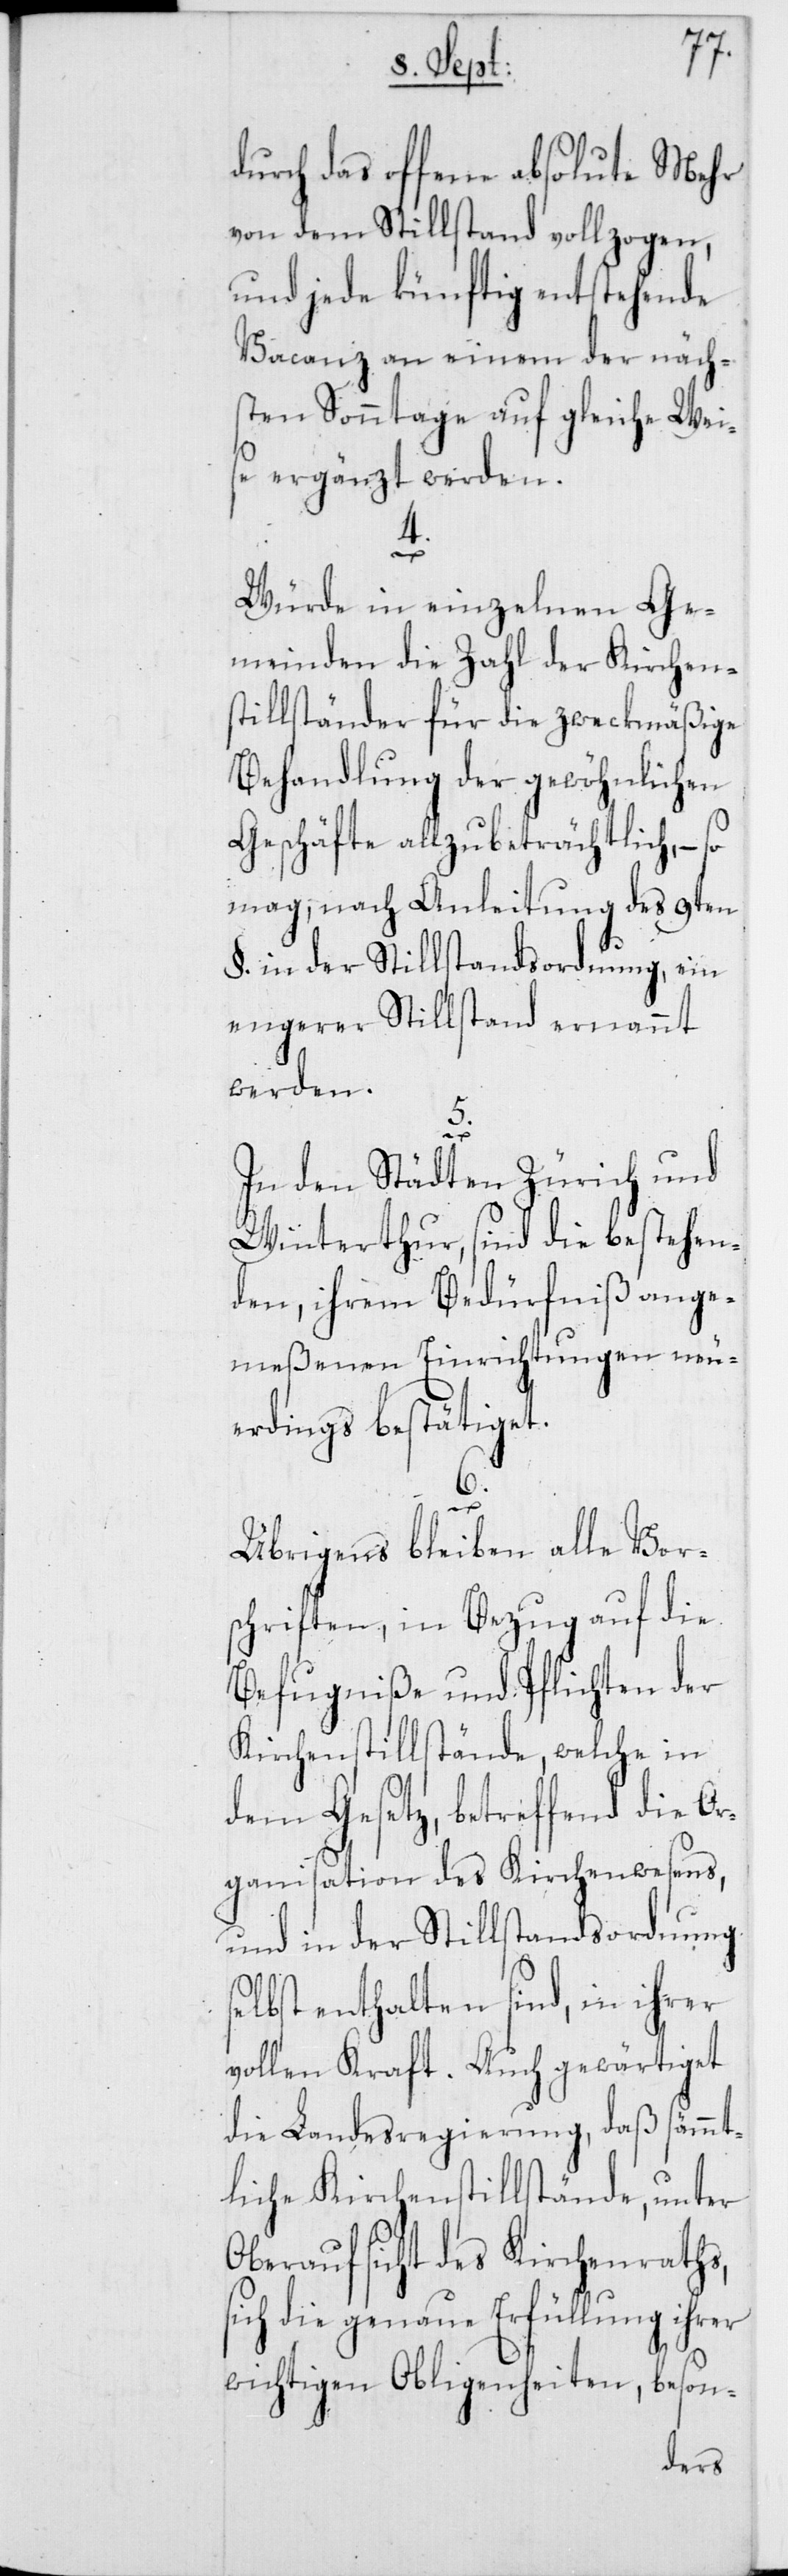
durch das offene absolute Mehr
von dem Stillstand vollzogen,
und jede künftig entstehende
Vacanz an einem der näch¬
sten Sonntage auf gleiche Wei¬
se ergänzt werden.
4.
Würde in einzelnen Ge¬
meinden die Zahl der Kirchens¬
tillständer für die zweckmäßige
Behandlung der gewöhnlichen
Geschäfte allzu beträchtlich, – so
mag, nach Anleitung des 9ten
§. in der Stillstandsordnung, ein
engerer Stillstand ernannt
werden.
s¬
In den Städten Zürich und
Winterthur, sind die bestehen¬
den, ihrem Bedürfniß ange¬
meßenen Einrichtungen neu¬
erdings bestätiget.
Übrigens bleiben alle Vors¬
chriften, in Bezug auf die
Befugniße und Pflichten der
Kirchenstillstände, welche in
dem Gesetz, betreffend die Or¬
ganisation des Kirchenwesens,
und in der Stillstandsordnung
lbst enthalten sind, in ihrer
vollen Kraft. Auch gewärtiget
die Landesregierung, daß sämmt¬
liche Kirchenstillstände, unter
Oberaufsicht des Kirchenraths,
ich die genaue Erfüllung ihrer
wichtigen Obligenheiten, beson-